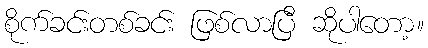
စိုက်ခင်းတစ်ခင်း ဖြစ်လာပြီ ဆိုပါတော့။